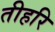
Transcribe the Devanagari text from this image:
तीहरि